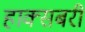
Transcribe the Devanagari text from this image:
हाक्सबरी